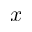
x